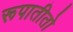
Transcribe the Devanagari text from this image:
रूपातीतो